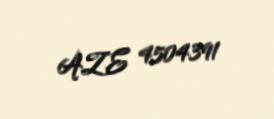
AZE 4504391